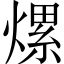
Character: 𤍶